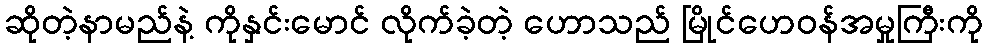
ဆိုတဲ့နာမည်နဲ့ ကိုနှင်းမောင် လိုက်ခဲ့တဲ့ ဟောသည် မြိုင်ဟေဝန်အမှုကြီးကို